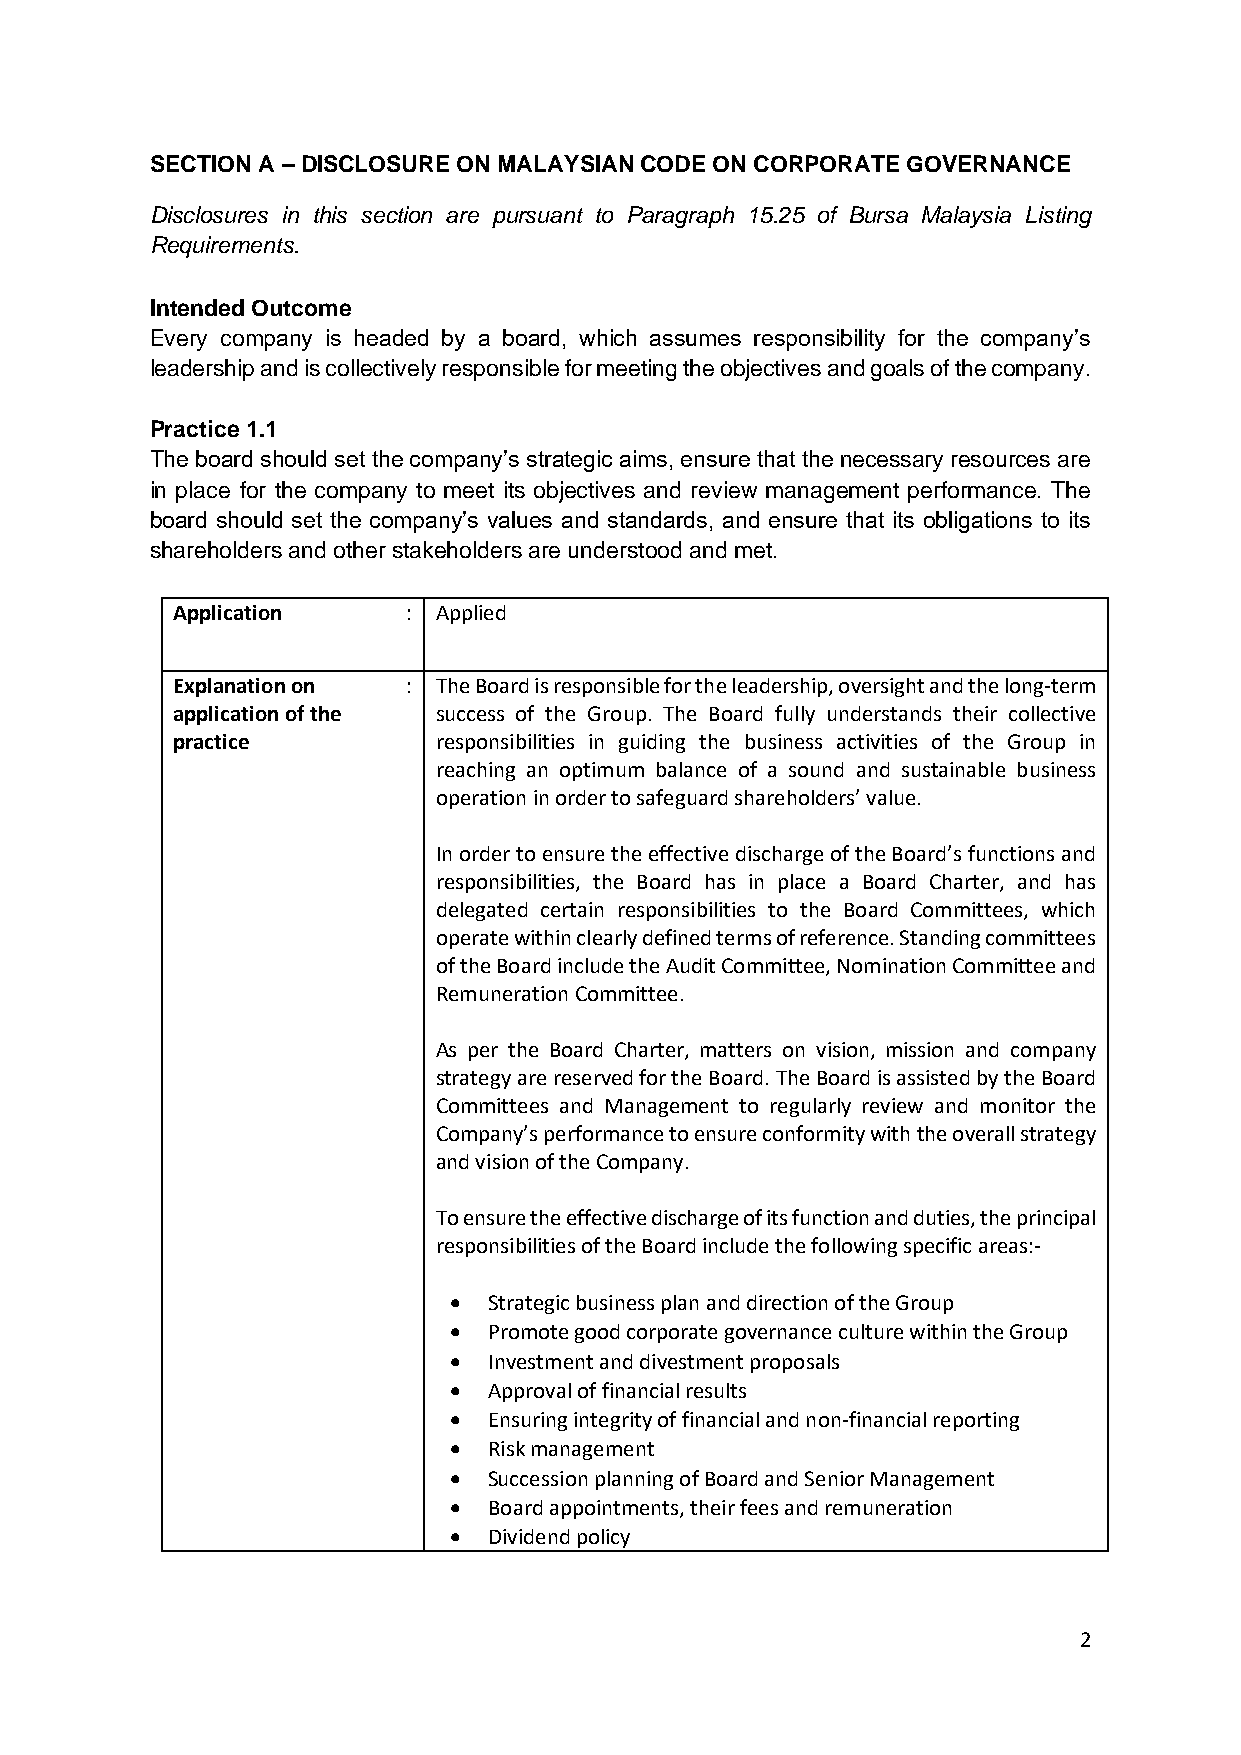
SECTION A – DISCLOSURE ON MALAYSIAN CODE ON CORPORATE GOVERNANCE
 Disclosures in this section are pursuant to Paragraph 15.25 of Bursa Malaysia Listing
 Requirements.
 Intended Outcome
 Every company is headed by a board, which assumes responsibility for the company’s
 leadership and is collectively responsible for meeting the objectives and goals of the company.
 Practice 1.1
 The board should set the company’s strategic aims, ensure that the necessary resources are
 in place for the company to meet its objectives and review management performance. The
 board should set the company’s values and standards, and ensure that its obligations to its
 shareholders and other stakeholders are understood and met.
 Application     : Applied
 Explanation on  : The Board is responsible for the leadership, oversight and the long-term
 application of the success of the Group. The Board fully understands their collective
 practice          responsibilities in guiding the business activities of the Group in
 reaching an optimum balance of a sound and sustainable business
 operation in order to safeguard shareholders’ value.
 In order to ensure the effective discharge of the Board’s functions and
 responsibilities, the Board has in place a Board Charter, and has
 delegated certain responsibilities to the Board Committees, which
 operate within clearly defined terms of reference. Standing committees
 of the Board include the Audit Committee, Nomination Committee and
 Remuneration Committee.
 As per the Board Charter, matters on vision, mission and company
 strategy are reserved for the Board. The Board is assisted by the Board
 Committees and Management to regularly review and monitor the
 Company’s performance to ensure conformity with the overall strategy
 and vision of the Company.
 To ensure the effective discharge of its function and duties, the principal
 responsibilities of the Board include the following specific areas:-
 • Strategic business plan and direction of the Group
 • Promote good corporate governance culture within the Group
 • Investment and divestment proposals
 • Approval of financial results
 • Ensuring integrity of financial and non-financial reporting
 • Risk management
 • Succession planning of Board and Senior Management
 • Board appointments, their fees and remuneration
 • Dividend policy
 2